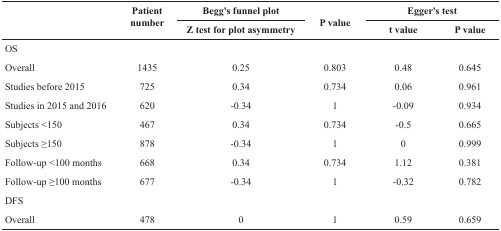
<table><thead><tr><td rowspan="2"></td><td rowspan="2"><b>Patient number</b></td><td><b>Begg&#x27;s funnel plot</b></td><td rowspan="2"><b>P value</b></td><td colspan="2"><b>Egger&#x27;s test</b></td></tr><tr><td><b>Z test for plot asymmetry</b></td><td><b>t value</b></td><td><b>P value</b></td></tr></thead><tbody><tr><td>OS</td><td></td><td></td><td></td><td></td><td></td></tr><tr><td>Overall</td><td>1435</td><td>0.25</td><td>0.803</td><td>0.48</td><td>0.645</td></tr><tr><td>Studies before 2015</td><td>725</td><td>0.34</td><td>0.734</td><td>0.06</td><td>0.961</td></tr><tr><td>Studies in 2015 and 2016</td><td>620</td><td>−0.34</td><td>1</td><td>−0.09</td><td>0.934</td></tr><tr><td>Subjects &lt;150</td><td>467</td><td>0.34</td><td>0.734</td><td>−0.5</td><td>0.665</td></tr><tr><td>Subjects ≥150</td><td>878</td><td>−0.34</td><td>1</td><td>0</td><td>0.999</td></tr><tr><td>Follow-up &lt;100 months</td><td>668</td><td>0.34</td><td>0.734</td><td>1.12</td><td>0.381</td></tr><tr><td>Follow-up ≥100 months</td><td>677</td><td>−0.34</td><td>1</td><td>−0.32</td><td>0.782</td></tr><tr><td>DFS</td><td></td><td></td><td></td><td></td><td></td></tr><tr><td>Overall</td><td>478</td><td>0</td><td>1</td><td>0.59</td><td>0.659</td></tr></tbody></table>